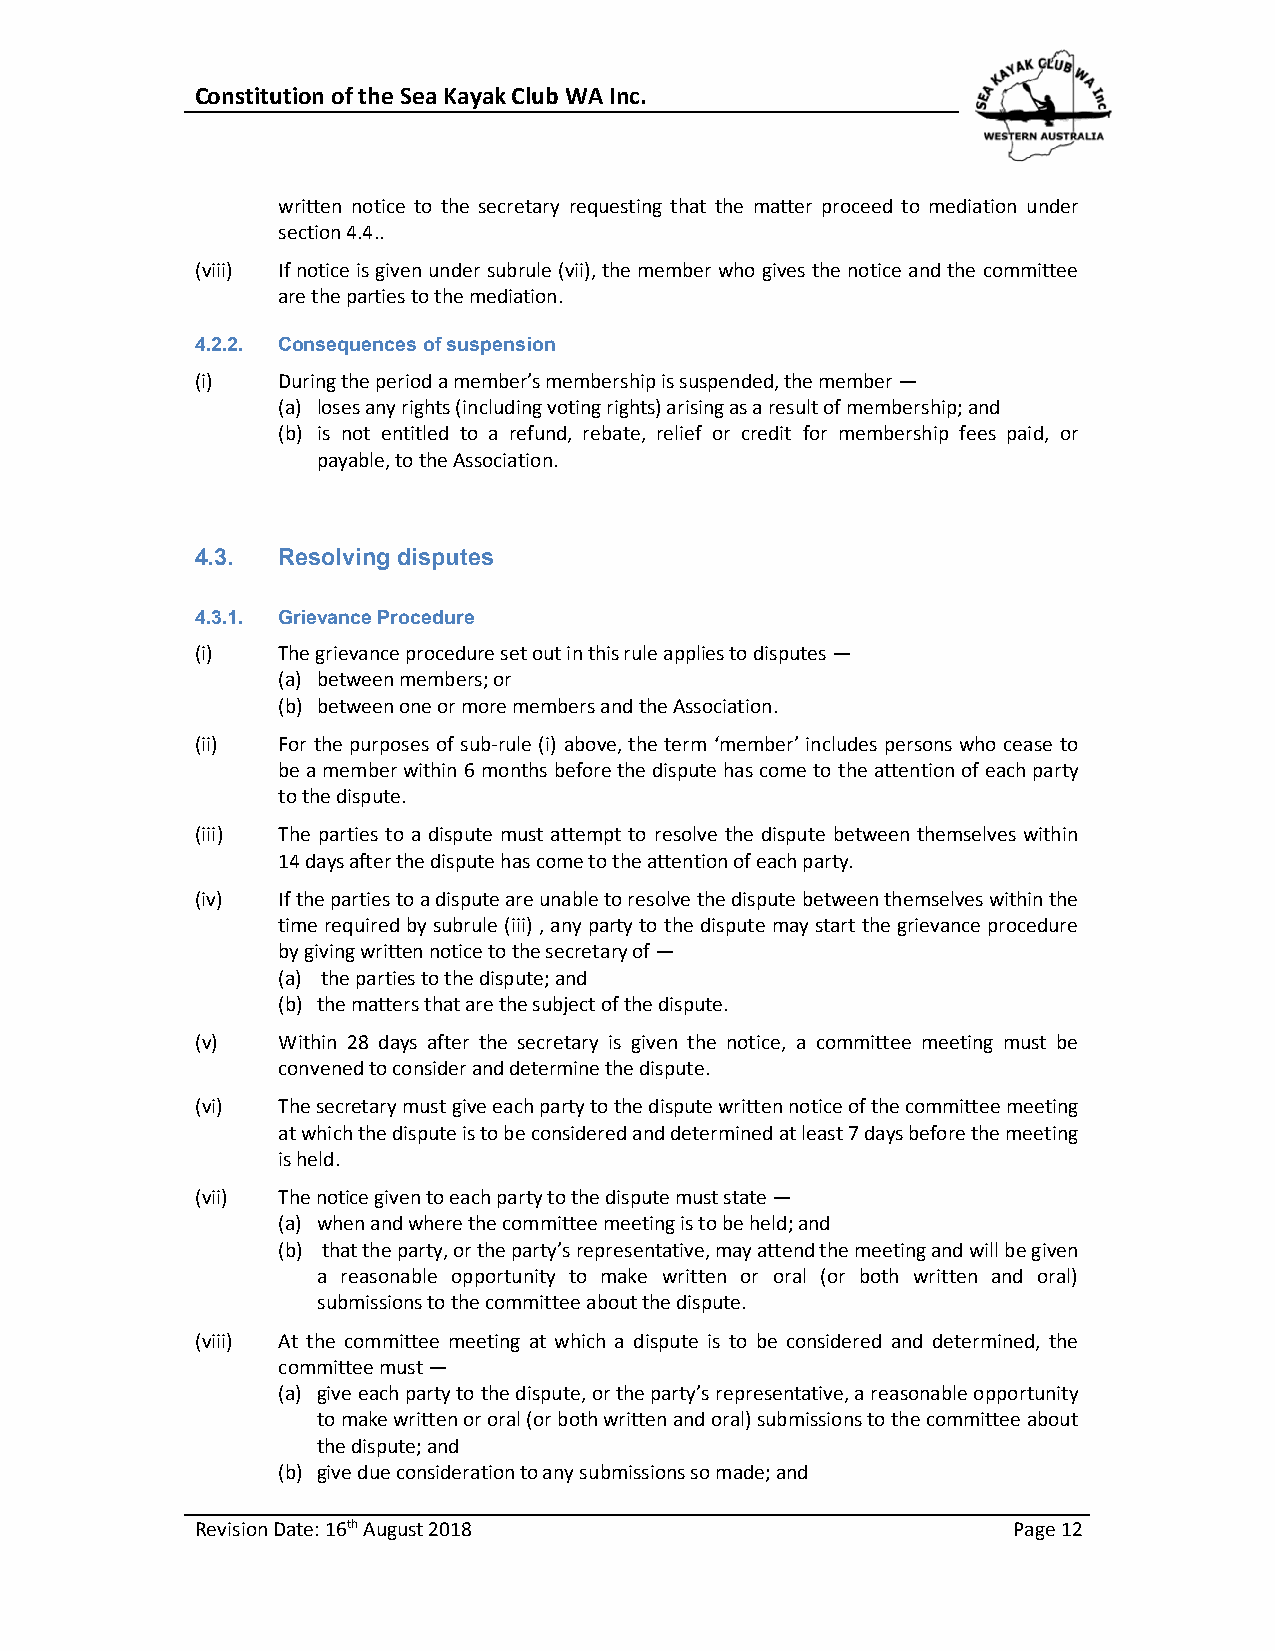
Constitution of the Sea Kayak Club WA Inc.
 written notice to the secretary requesting that the matter proceed to mediation under
 section 4.4..
 (viii) If notice is given under subrule (vii), the member who gives the notice and the committee
 are the parties to the mediation.
 4.2.2. Consequences of suspension
 (i)  During the period a member’s membership is suspended, the member —
 (a) loses any rights (including voting rights) arising as a result of membership; and
 (b) is not entitled to a refund, rebate, relief or credit for membership fees paid, or
 payable, to the Association.
 4.3. Resolving disputes
 4.3.1. Grievance Procedure
 (i)  The grievance procedure set out in this rule applies to disputes —
 (a) between members; or
 (b) between one or more members and the Association.
 (ii) For the purposes of sub-rule (i) above, the term ‘member’ includes persons who cease to
 be a member within 6 months before the dispute has come to the attention of each party
 to the dispute.
 (iii) The parties to a dispute must attempt to resolve the dispute between themselves within
 14 days after the dispute has come to the attention of each party.
 (iv) If the parties to a dispute are unable to resolve the dispute between themselves within the
 time required by subrule (iii) , any party to the dispute may start the grievance procedure
 by giving written notice to the secretary of —
 (a) the parties to the dispute; and
 (b) the matters that are the subject of the dispute.
 (v)  Within 28 days after the secretary is given the notice, a committee meeting must be
 convened to consider and determine the dispute.
 (vi) The secretary must give each party to the dispute written notice of the committee meeting
 at which the dispute is to be considered and determined at least 7 days before the meeting
 is held.
 (vii) The notice given to each party to the dispute must state —
 (a) when and where the committee meeting is to be held; and
 (b) that the party, or the party’s representative, may attend the meeting and will be given
 a reasonable opportunity to make written or oral (or both written and oral)
 submissions to the committee about the dispute.
 (viii) At the committee meeting at which a dispute is to be considered and determined, the
 committee must —
 (a) give each party to the dispute, or the party’s representative, a reasonable opportunity
 to make written or oral (or both written and oral) submissions to the committee about
 the dispute; and
 (b) give due consideration to any submissions so made; and
 Revision Date: 16th August 2018                       Page 12